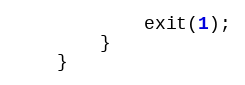
Language: C
			exit(1);
		}
	}